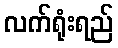
လက်ရုံးရည်